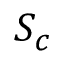
S _ { c }